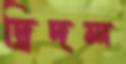
দ্বিদল